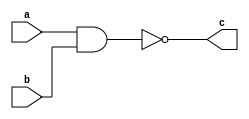
module NAND1(
  input a,
  input b,
  output c
);
  assign c=~(a&b);
endmodule